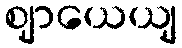
ဈာယေယျ